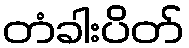
တံခါးပိတ်